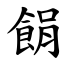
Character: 䬼